Annual report of the Bengal Veterinary College and of the Civil Veterinary Department, Bengal, for the year 1909-1910 - 1909-1910
Year: 1909
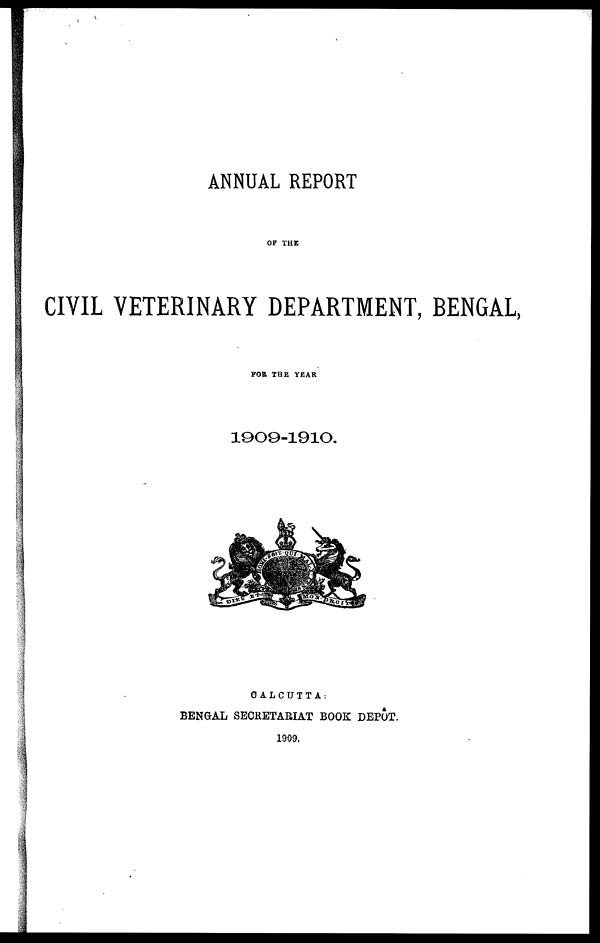
ANNUAL REPORT
OF THE
CIVIL VETERINARY DEPARTMENT, BENGAL,
FOR THE YEAR
1909-1910.
CALCUTTA:
BENGAL SECRETARIAT BOOK DEPOT.
1909.